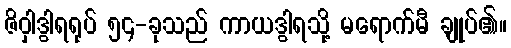
ဇိဝှါဒွါရရုပ် ၅၄-ခုသည် ကာယဒွါရသို့ မရောက်မီ ချုပ်၏။